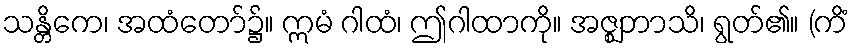
သန္တိကေ၊ အထံတော်၌။ ဣမံ ဂါထံ၊ ဤဂါထာကို။ အဇ္ဈဘာသိ၊ ရွတ်၏။ (ကိံ